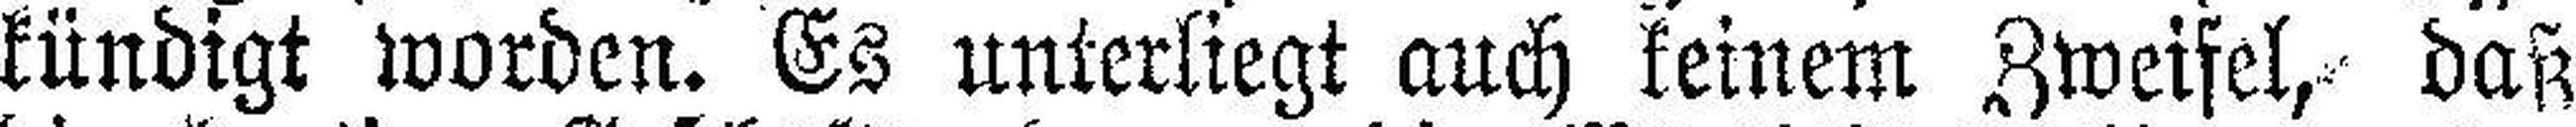
kündigt worden. Es unterliegt auch keinem Zweifel, daß